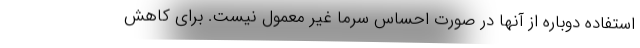
استفاده دوباره از آنها در صورت احساس سرما غیر معمول نیست. برای کاهش